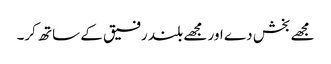
مجھے بخش دے اور مجھے بلند رفیق کے ساتھ کر۔